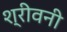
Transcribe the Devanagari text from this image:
श्रीवनी